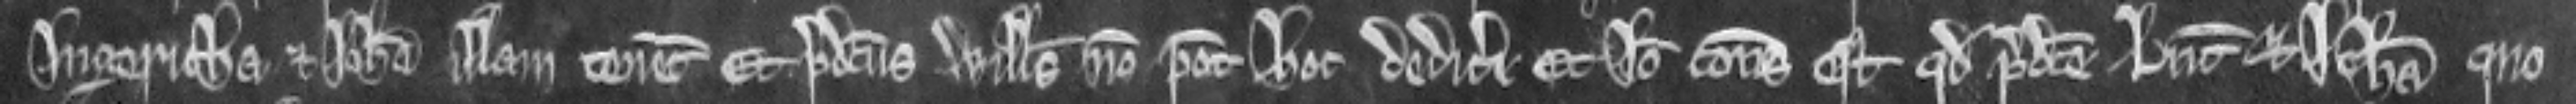
Ingeritha et Johanna illam tenent Et predictus Willelmus non potest hoc dedicere Et ideo consideratum est quod predicte Lucia et Johanna quo